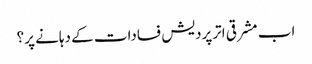
اب مشرقی اترپردیش فسادات کے دہانے پر؟